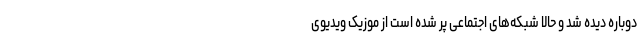
دوباره دیده شد و حالا شبکه‌های اجتماعی پر شده است از موزیک ویدیوی